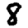
Digit: 8